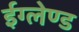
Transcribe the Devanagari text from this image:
ईग्‍लेण्‍ड